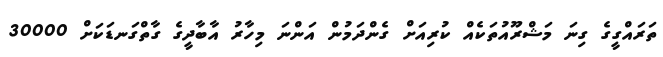
ތަރައްގީގެ ގިނަ މަޝްރޫއުތަކެއް ކުރިއަށް ގެންދަމުން އަންނަ މިހާރު އާބާދީގެ ގާތްގަނޑަކަށް 30000